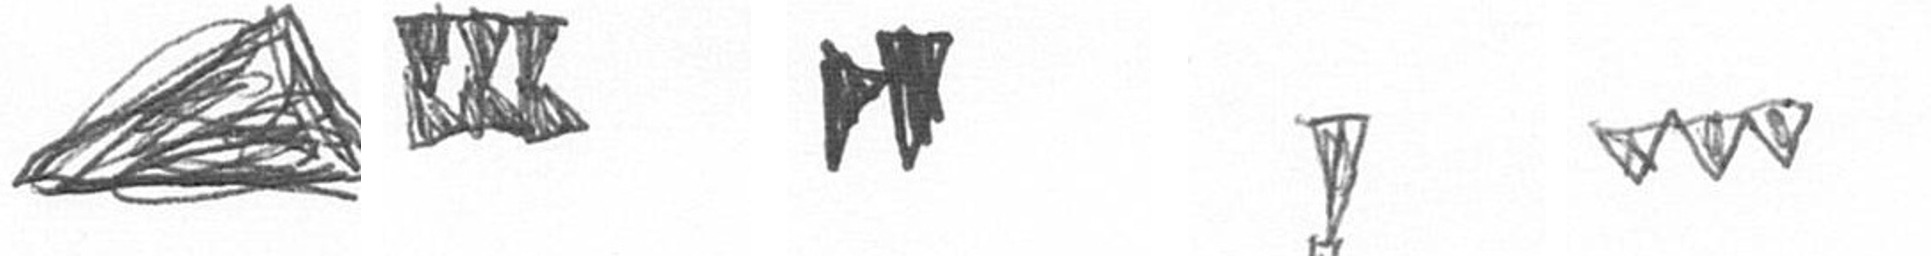
O D M Z L